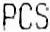
PCS